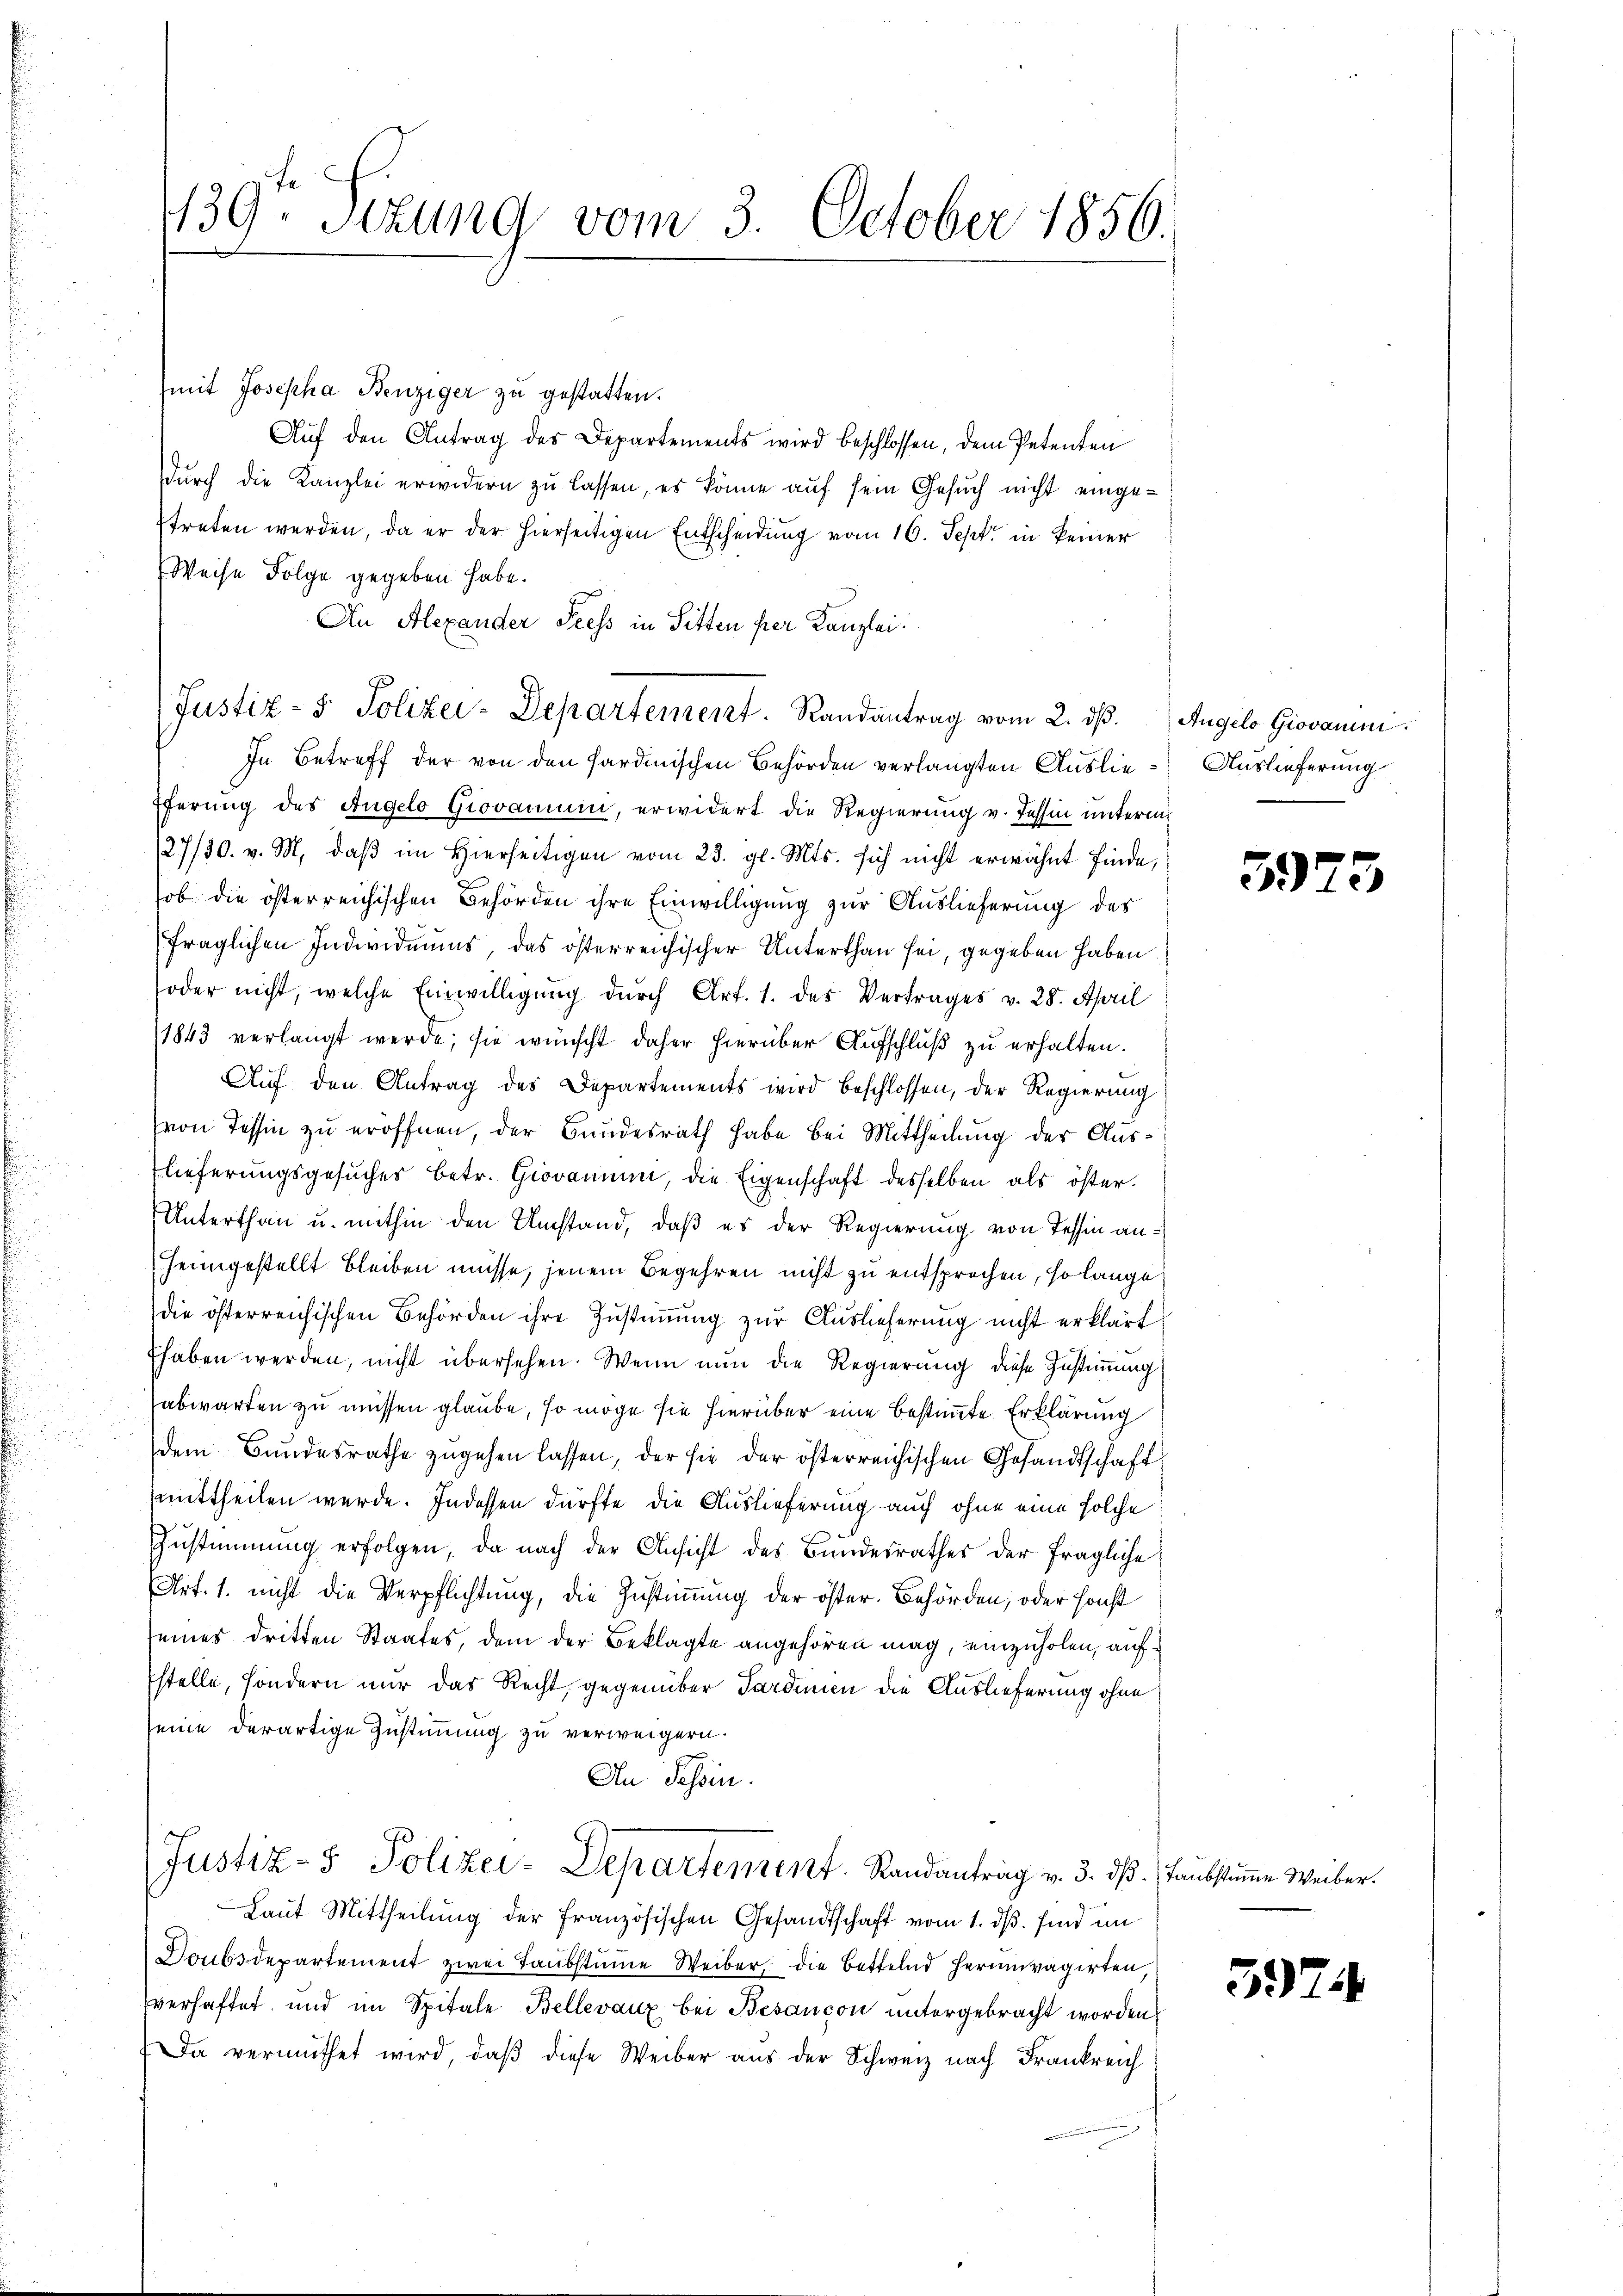
139. Sitzung vom 3. October 1856.

(mit Josepha Benziger zu gestatten.
Aŭf den Antrag des Departements wird beschlossen, dem Petenten
durch die Kanzlei erwidern zu lassen, es könne auf sein Gesuch nicht eingetreten werden, da er der hierseitigen Entscheidung vom 16. Sept. in keiner
Weise Folge gegeben habe.
An Alexander Fress in Sitten per Kanzlei.
In Betreff der von den Sardinischen Behörden verlangten Auslie¬
Eferung des Angelo Giovamum, erwidert die Regierung v. Tessin unterm
27/30. v. M. daß im Hierseitigen vom 23. gl. Mts. sich nicht erwähnt finde,
ob die österreichischen Behörden ihre Einwilligung zur Auslieferung des
fraglichen Individuums, das österreichischer Unterthan sei, gegeben haben
soder nicht, welche Einwilligung durch Art. 1. des Vertrages v. 28. April
1843 verlangt werde; sie wünscht daher hierüber Aufschluß zu erhalten.
Auf den Antrag des Departements wird beschlossen, der Regierung
von Tessin zu eröffnen, der Bundesrath habe bei Mittheilung der Auslieferungsgesuches betr. Giovanium, die Eigenschaft desselben als öster.
Unterthan u. mithin den Umstand, daß es der Regierung von Tessin anheimgestellt bleiben müsse, jenem Begehren nicht zu entsprochen, so lange
die österreichischen Behörden ihre Zustimmung zur Auslieferung nicht erklärt
Ehaben werden, nicht übersehen. Wenn nun die Regierung diese Zustimmung
abwarten zu müssen glaube, so möge sie hierüber eine bestimmte Erklärung
dem Bundesrathe zŭgehen lassen, der sie der österreichischen Gesandtschaft,
mittheilen werde. Indessen dürfte die Auslieferung auch ohne eine solche
e
Zustimmung erfolgen, da nach der Ansicht des Bundesrathes der fragliche
Art. 1. nicht die Verpflichtung, die Zustimmung der öster. Behörden, oder sonst
seines dritten Staates, dem der Beklagte angehören mag, einzuholen, aufstelle, sondern nur das Recht, gegenüber Sardinien die Auslieferung ohne
seine derartige Zustimmung zu verweigern.
An Tessin.
Justiz- & Polizei-Departement. Randantrag v. 3. dß. Taubstume Weiber.
Laut Mittheilung der französischen Gesandtschaft vom 1. dβ. sind im
Doubsdepartement zwei Taubstumme Weiber, die Bettelnd herumvagirten,
verhaftet, und im Spitale Bellevanz bei Besancon untergebracht worden
Da vermuthet wird, daß diese Weiber aus der Schweiz nach Frankreich

Justiz- & Polizei-Departement. Randantrag vom 2. dβ. Angelo Giovam.

Auslieferung

5973

5974